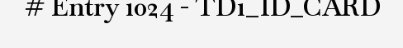
# Entry 1024 - TD1_ID_CARD